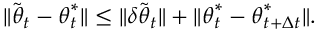
\lVert \tilde { { \boldsymbol { \theta } } } _ { t } - { \boldsymbol { \theta } } _ { t } ^ { * } \rVert \leq \| \delta \tilde { { \boldsymbol { \theta } } } _ { t } \| + \| { \boldsymbol { \theta } } _ { t } ^ { * } - { \boldsymbol { \theta } } _ { t + \Delta t } ^ { * } \| .